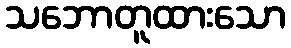
သဘောတူထားသော